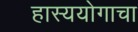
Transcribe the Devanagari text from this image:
हास्ययोगाचा